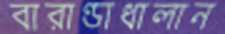
বারাণ্ডাধালান